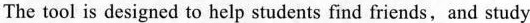
The tool is designed to help students find friends, and study